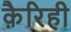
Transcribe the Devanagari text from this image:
क़ैरिही